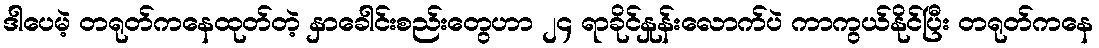
ဒါပေမဲ့ တရုတ်ကနေထုတ်တဲ့ နှာခေါင်းစည်းတွေဟာ ၂၄ ရာခိုင်နှုန်းလောက်ပဲ ကာကွယ်နိုင်ပြီး တရုတ်ကနေ